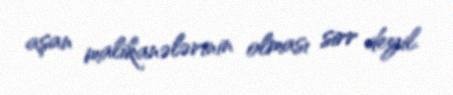
aşan malikanələrinin olması sirr deyil.